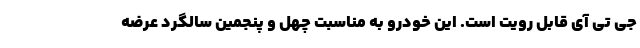
جی تی آی قابل رویت است. این خودرو به مناسبت چهل و پنجمین سالگرد عرضه